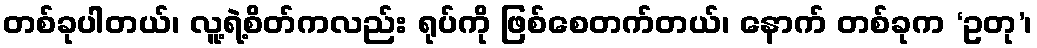
တစ်ခုပါတယ်၊ လူ့ရဲ့စိတ်ကလည်း ရုပ်ကို ဖြစ်စေတက်တယ်၊ နောက် တစ်ခုက ‘ဥတု’၊